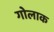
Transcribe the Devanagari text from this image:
गोलाक